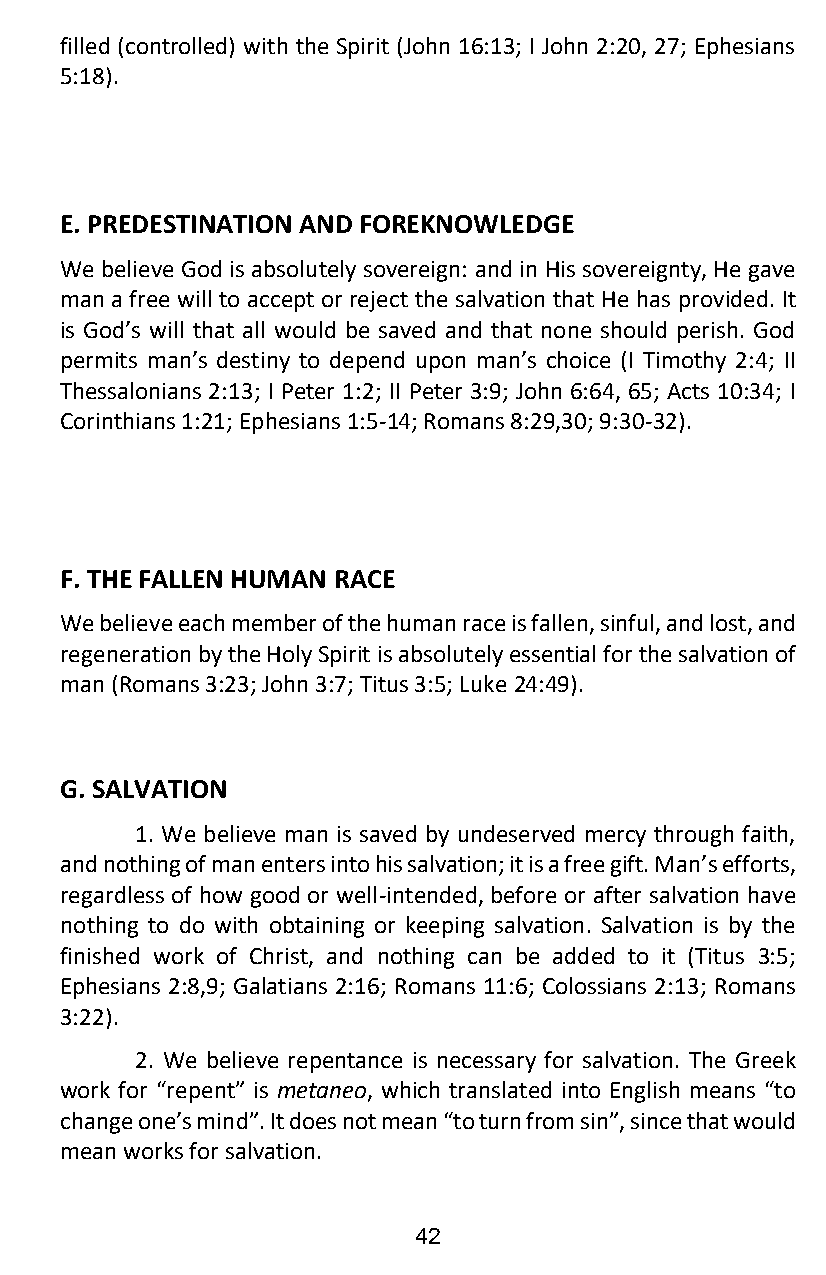
filled (controlled) with the Spirit (John 16:13; I John 2:20, 27; Ephesians
 5:18).
 E. PREDESTINATION AND FOREKNOWLEDGE
 We believe God is absolutely sovereign: and in His sovereignty, He gave
 man a free will to accept or reject the salvation that He has provided. It
 is God’s will that all would be saved and that none should perish. God
 permits man’s destiny to depend upon man’s choice (I Timothy 2:4; II
 Thessalonians 2:13; I Peter 1:2; II Peter 3:9; John 6:64, 65; Acts 10:34; I
 Corinthians 1:21; Ephesians 1:5-14; Romans 8:29,30; 9:30-32).
 F. THE FALLEN HUMAN RACE
 We believe each member of the human race is fallen, sinful, and lost, and
 regeneration by the Holy Spirit is absolutely essential for the salvation of
 man (Romans 3:23; John 3:7; Titus 3:5; Luke 24:49).
 G. SALVATION
 1. We believe man is saved by undeserved mercy through faith,
 and nothing of man enters into his salvation; it is a free gift. Man’s efforts,
 regardless of how good or well-intended, before or after salvation have
 nothing to do with obtaining or keeping salvation. Salvation is by the
 finished work of Christ, and nothing can be added to it (Titus 3:5;
 Ephesians 2:8,9; Galatians 2:16; Romans 11:6; Colossians 2:13; Romans
 3:22).
 2. We believe repentance is necessary for salvation. The Greek
 work for “repent” is metaneo, which translated into English means “to
 change one’s mind”. It does not mean “to turn from sin”, since that would
 mean works for salvation.
 42